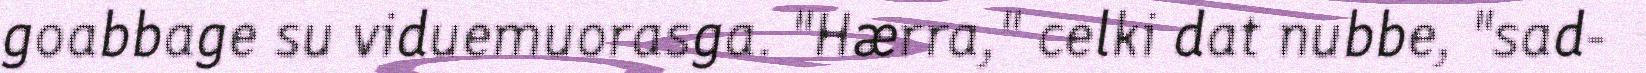
goabbage su viduemuorasga. "Hærra," celki dat nubbe, "sad-